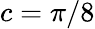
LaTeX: c=\pi/8